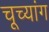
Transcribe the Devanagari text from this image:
चूच्यांग